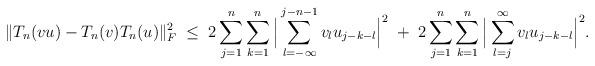
LaTeX: \begin{align*}\|T_n(vu) - T_n(v) T_n(u)\|_F^2\;\leq\; 2\sum_{j=1}^n\sum_{k=1}^n \Big|\sum_{l=-\infty}^{j-n-1} v_l u_{j-k-l}\Big|^2\;+\;2\sum_{j=1}^n\sum_{k=1}^n\Big|\sum_{l=j}^\infty v_l u_{j-k-l}\Big|^2.\end{align*}